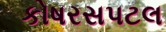
કોષરસપટલ